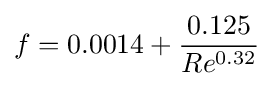
f=0.0014+{\frac {0.125}{Re^{0.32}}}